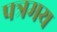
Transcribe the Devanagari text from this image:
पत्रमय